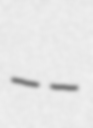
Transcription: --